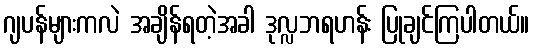
ဂျပန်များကလဲ အချိန်ရတဲ့အခါ ဒုလ္လဘရဟန်း ပြုချင်ကြပါတယ်။